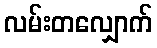
လမ်းတလျှောက်